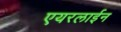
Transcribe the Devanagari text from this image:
एयरलाईन